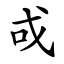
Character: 戓